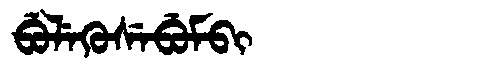
Manchu: ᠪᡠᠯᡝᡴᡠᠰᡝᠪᡠᠮᠪᡳ
Romanization: BULEKUSEBUMBI